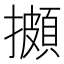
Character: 𢷧